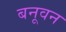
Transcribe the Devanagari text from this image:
बनूवन